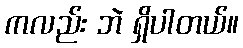
ကလည်း ဘဲ ရှိပါတယ်။